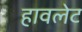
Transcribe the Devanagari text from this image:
हावलेट